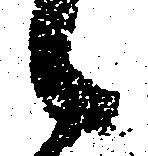
候